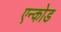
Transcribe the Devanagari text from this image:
एन्कोड